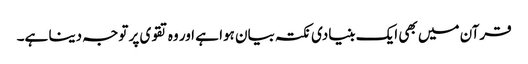
قرآن میں بھی ایک بنیادی نکتہ بیان ہوا ہے اور وہ تقوی پر توجہ دینا ہے۔